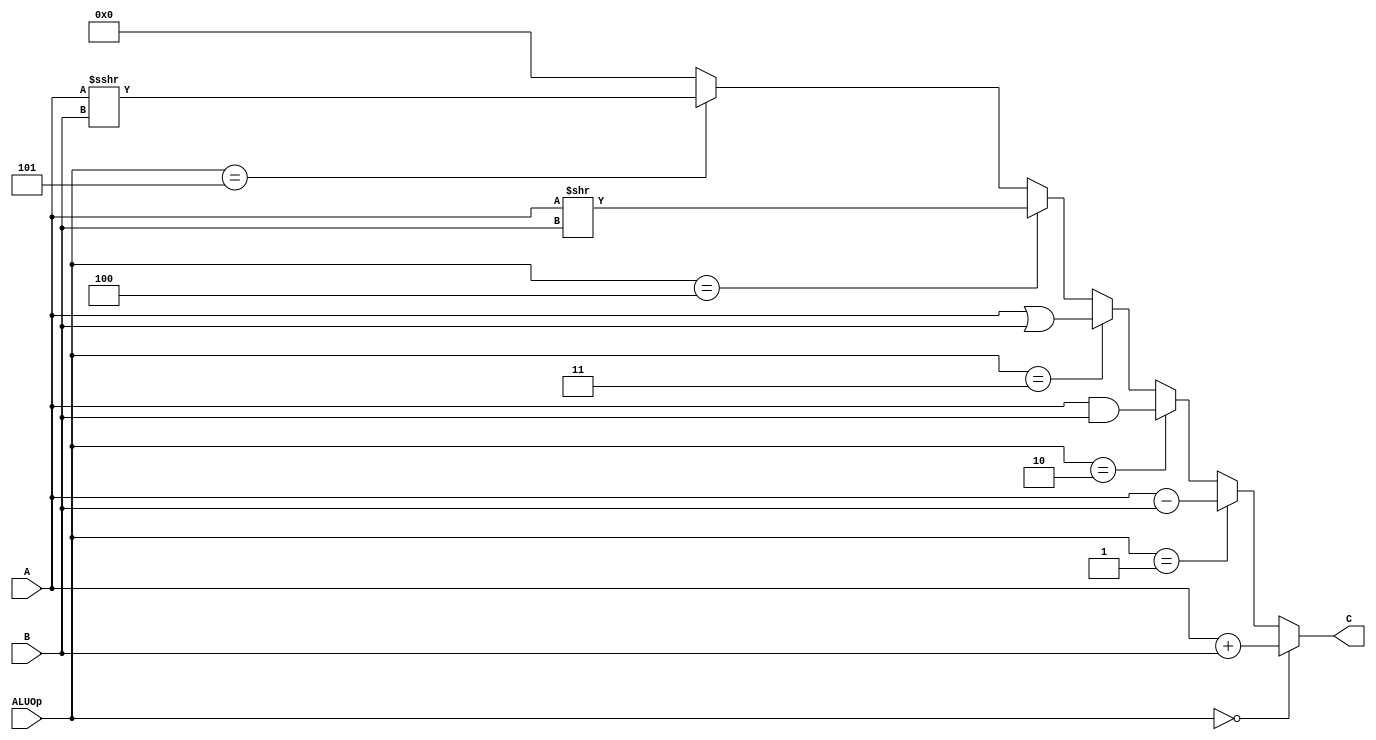
`timescale 1ns / 1ps
//////////////////////////////////////////////////////////////////////////////////
// Company: 
// Engineer: 
// 
// Design Name: 
// Module Name:    alu 
// Project Name: 
// Target Devices: 
// Tool versions: 
// Description: 
//
// Dependencies: 
//
// Revision: 
// Revision 0.01 - File Created
// Additional Comments: 
//
//////////////////////////////////////////////////////////////////////////////////
module alu(
    input [31:0] A,
    input [31:0] B,
    input [2:0] ALUOp,
    output [31:0] C
    );

	assign C =	ALUOp==3'b000 ? $unsigned(A+B) :
				ALUOp==3'b001 ? $unsigned(A-B) :
				ALUOp==3'b010 ? A&B :
				ALUOp==3'b011 ? A|B :
				ALUOp==3'b100 ? A>>B :
				ALUOp==3'b101 ? $signed(A)>>>B:
				0;

endmodule